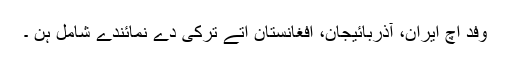
وفد اچ ایران، آذربائیجان، افغانستان اتے ترکی دے نمائندے شامل ہن ۔